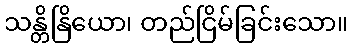
သန္တိနြိယော၊ တည်ငြိမ်ခြင်းသော။